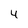
Character: 4